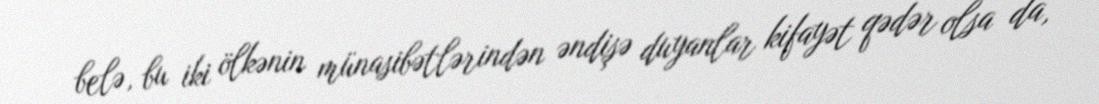
belə, bu iki ölkənin münasibətlərindən əndişə duyanlar kifayət qədər olsa da,